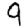
Digit: 9